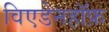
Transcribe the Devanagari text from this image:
विएडेनहॉफ़